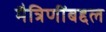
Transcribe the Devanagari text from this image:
मैत्रिणींबद्दल